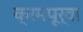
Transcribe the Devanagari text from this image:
क्रमपूर्वा